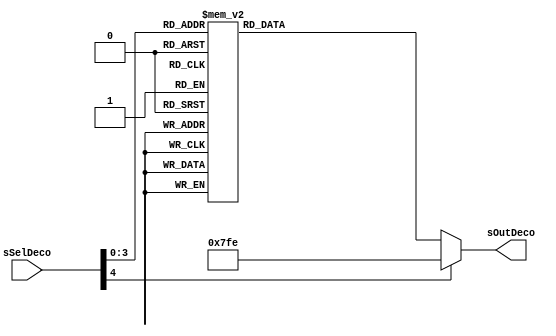
//---------------------------------------------------------------------------
// SharkBoad ExampleModule
// Fredy Segura Q.
// Josnelihurt Rodriguez Barajas
// fsegura@uniandes.edu.co
// j.rodriguez52@uniandes.edu.co
// Top Level Design for the Xilinx Spartan 3-100E Device
//---------------------------------------------------------------------------

/*#
# SharkBoad
# Copyright (C) 2012 Bogot, Colombia
#
# This program is free software: you can redistribute it and/or modify
# it under the terms of the GNU General Public License as published by
# the Free Software Foundation, version 3 of the License.
#
# This program is distributed in the hope that it will be useful,
# but WITHOUT ANY WARRANTY; without even the implied warranty of
# MERCHANTABILITY or FITNESS FOR A PARTICULAR PURPOSE.  See the
# GNU General Public License for more details.
#
# You should have received a copy of the GNU General Public License
# along with this program.  If not, see <http://www.gnu.org/licenses/>.
#*/

module decoder #(
	parameter SELECTION = 5,		//NUMBER OF SELECTION BITS
	parameter DATAWIDTH = 12
	)
	(
	input			[SELECTION-1:0] 	sSelDeco,
	output reg		[DATAWIDTH-1:0] 	sOutDeco
	);
	always@(*)
	begin
	case (sSelDeco)	
		4'b0000: sOutDeco = 11'b11111111110;//R0
		4'b0001: sOutDeco = 11'b11111111101;//R1
		4'b0010: sOutDeco = 11'b11111111011;//R2
		4'b0011: sOutDeco = 11'b11111110111;//R3
		4'b0100: sOutDeco = 11'b11111101111;//R4
		4'b0101: sOutDeco = 11'b11111011111;//RP0
		4'b0110: sOutDeco = 11'b11110111111;//RP1
		4'b0111: sOutDeco = 11'b11101111111; //RP2
		4'b0111: sOutDeco = 11'b11011111111; //RP3
		4'b0111: sOutDeco = 11'b10111111111; //RP4
		4'b1000: sOutDeco = 11'b11111111111; //No Hay Registro
		default :   sOutDeco = 11'b11111111110; //
		endcase
	end
endmodule